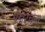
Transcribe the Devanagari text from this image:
पद्मरचना